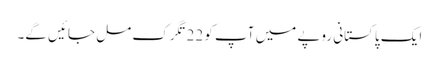
ایک پاکستانی روپے میں آپ کو 22تگرک مل جائیں گے۔